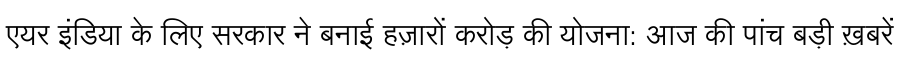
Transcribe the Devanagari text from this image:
एयर इंडिया के लिए सरकार ने बनाई हज़ारों करोड़ की योजना: आज की पांच बड़ी ख़बरें